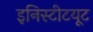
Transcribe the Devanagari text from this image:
इनिस्टीटयूट